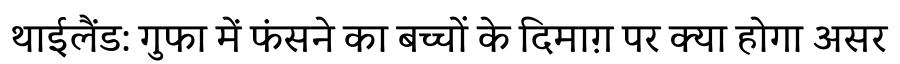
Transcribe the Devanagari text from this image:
थाईलैंड: गुफा में फंसने का बच्चों के दिमाग़ पर क्या होगा असर